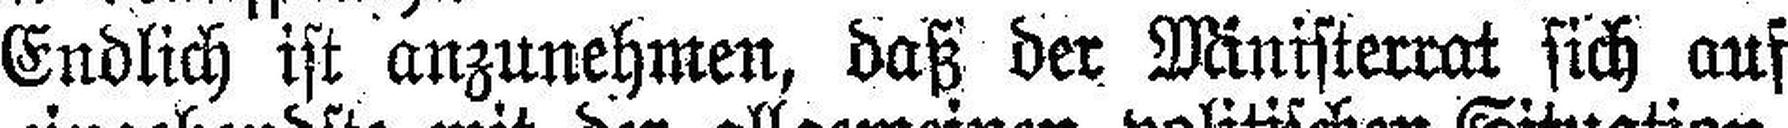
Endlich ist anzunehmen, daß der Ministerrat sich auf